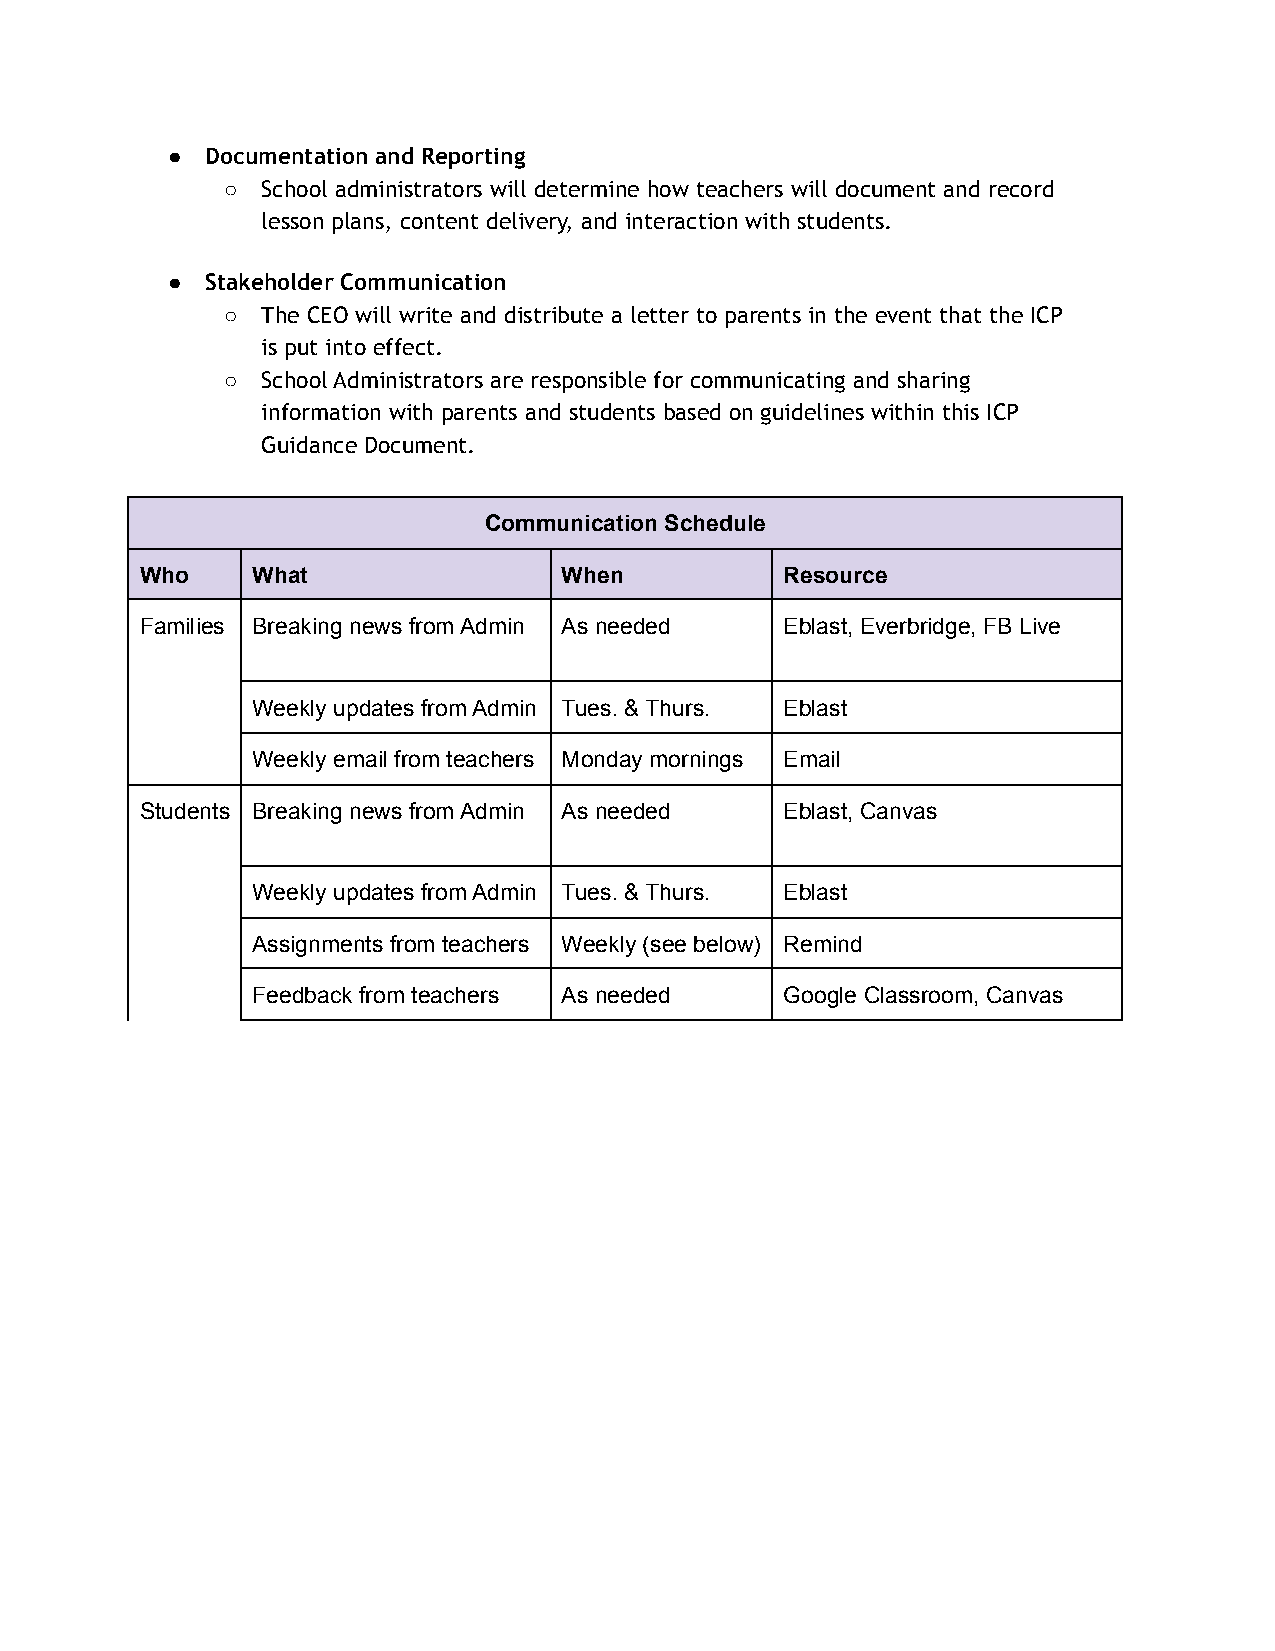
●  Documentation and Reporting
 ○ School administrators will determine how teachers will document and record
 lesson plans, content delivery, and interaction with students.
 ●  Stakeholder Communication
 ○ The CEO will write and distribute a letter to parents in the event that the ICP
 is put into effect.
 ○ School Administrators are responsible for communicating and sharing
 information with parents and students based on guidelines within this ICP
 Guidance Document.
 Communication Schedule
 Who     What                When           Resource
 Families Breaking news from Admin As needed Eblast, Everbridge, FB Live
 Weekly updates from Admin Tues. & Thurs. Eblast
 Weekly email from teachers Monday mornings Email
 Students Breaking news from Admin As needed Eblast, Canvas
 Weekly updates from Admin Tues. & Thurs. Eblast
 Assignments from teachers Weekly (see below) Remind
 Feedback from teachers As needed   Google Classroom, Canvas